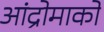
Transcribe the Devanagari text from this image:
आंद्रोमाको